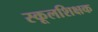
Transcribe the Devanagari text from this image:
स्कूलशिक्षक